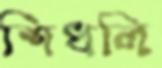
শিধলি